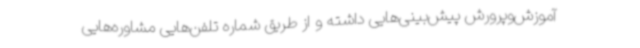
آموزش‌وپرورش پیش‌بینی‌هایی داشته و از طریق شماره تلفن‌هایی مشاوره‌هایی